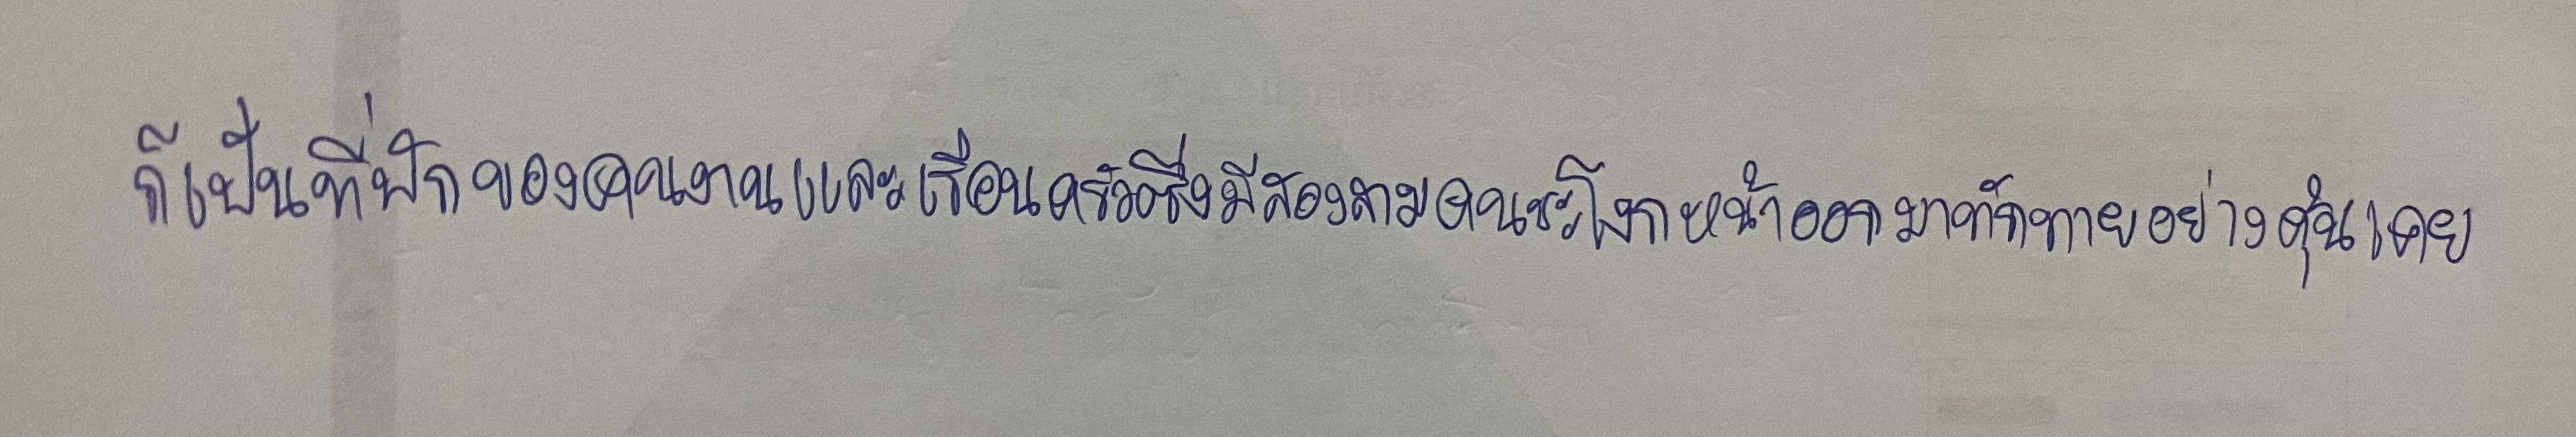
ก็เป็นที่พักของคนงานและเรือนครัวซึ่งมีสองสามคนชะโงกหน้าออกมาทักทายอย่างคุ้นเคย